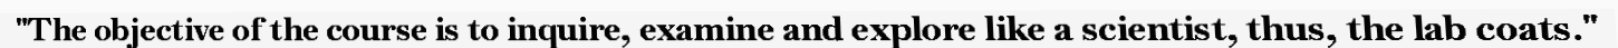
"The objective of the course is to inquire, examine and explore like a scientist, thus, the lab coats."